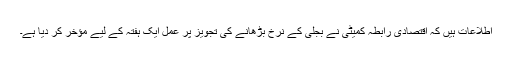
اطلاعات ہیں کہ اقتصادی رابطہ کمیٹی نے بجلی کے نرخ بڑھانے کی تجویز پر عمل ایک ہفتہ کے لیے مؤخر کر دیا ہے۔